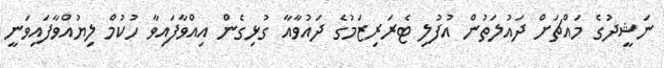
ނަޝީދުގެ މައްޗަށް ދައުލަތުން އުފުލި ޓެރަރިޒަމުގެ ދައުވާއާ ގުޅިގެން އިއްވާފައިވާ ހުކުމް ލިޔުއްވާފައިވަނީ